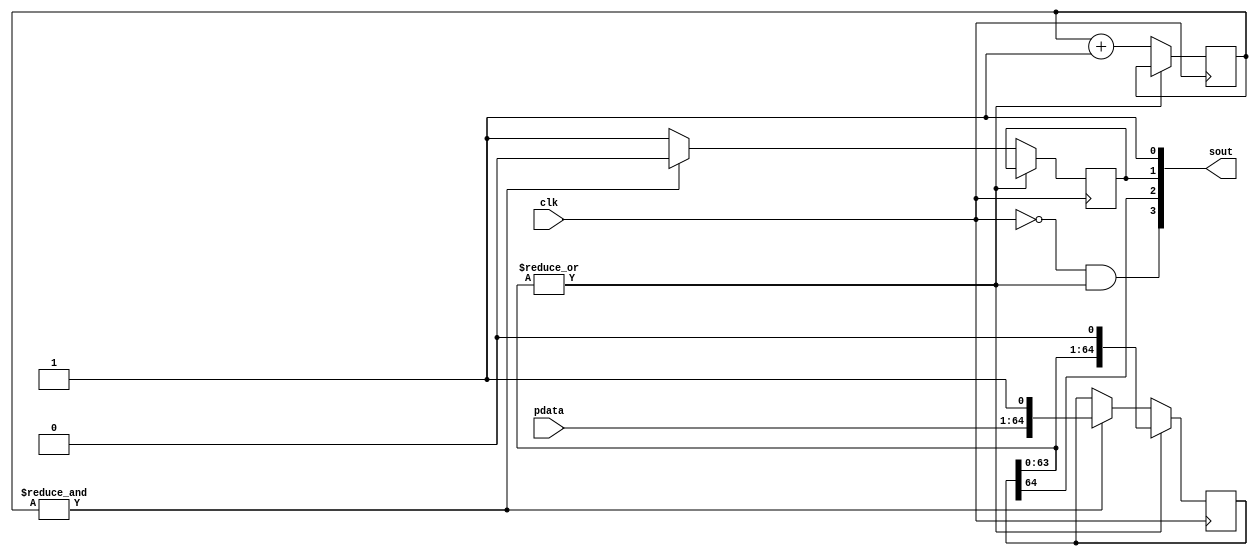
`timescale 1ns / 1ps

module shift_reg(
    input wire clk,
    input wire [63:0] pdata,
    output wire [3:0] sout
    );
    wire sck, sdat, clrn;
    reg oe;
    
    assign sout = {sck, sdat, oe, clrn};
    
    reg [64:0] shift;
    reg [11:0] counter = -1;
    
    wire sckEn = |shift[63:0];
    assign sck = ~clk & sckEn;
    assign sdat = shift[64];
    assign clrn = 1'b1;
    
    always @ (posedge clk) begin
        if (sckEn)
            shift <= {shift[63:0], 1'b0};
        else begin
            if (&counter) begin
                shift <= {pdata, 1'b1};
                oe <= 1'b0;
            end
            else
                oe <= 1'b1;
            counter <= counter + 1;
        end
    end


endmodule